Some observations on the morphology and mechanism of the parts in the orthorrapha - Number 58
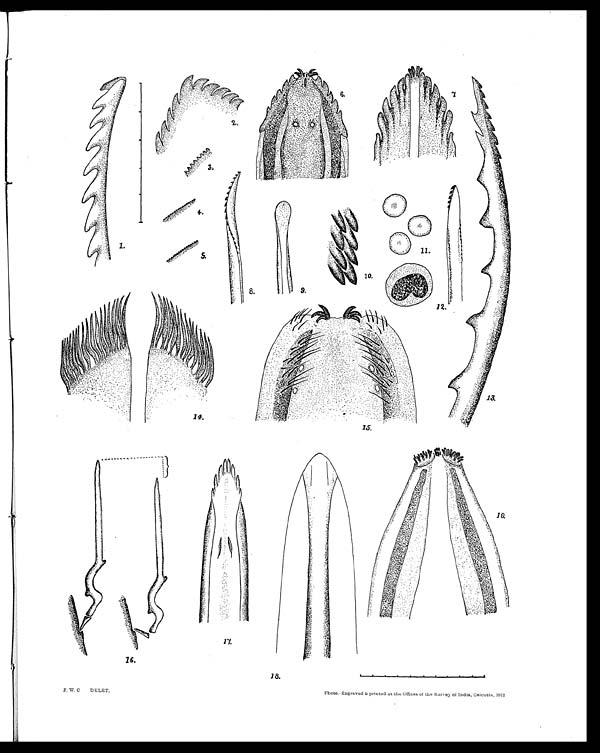
Photo.-Engraved & printed at the Offices of the Survey of India, Calcutta, 1912
F. W. C DELET,